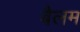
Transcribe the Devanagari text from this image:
बैलम